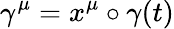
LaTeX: \gamma^{\mu}=x^{\mu}\circ\gamma(t)